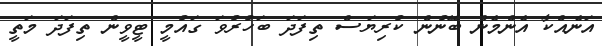
އަނެއްކާ އެންމެން ބޭނުން ކުރިޔަސް ތިފަދަ ބަހުރުވަ ގައުމީ ޓީވީން ތިފަދަ މަތީ